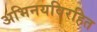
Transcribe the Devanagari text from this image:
अभिनयविरहित